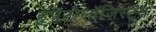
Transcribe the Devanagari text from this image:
हृपेंटोलॉजिस्ट्स